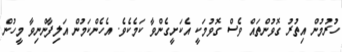
ހުރުމުން އިތުރު ގޮވުންތައް ވެސް ގޮވުމަކީ އެކަށީގެންވާ ކަމެކެވެ. އެހެންކަމުން އަލިފާންނިވާ މީހުން